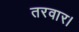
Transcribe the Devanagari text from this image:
तरवार।